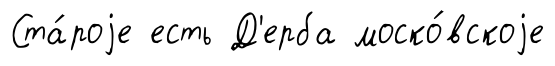
Ста́роjе есть Д'ерба моско́вскоjе